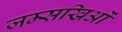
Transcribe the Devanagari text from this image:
जम्सखिओं